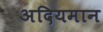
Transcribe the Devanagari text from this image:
अदियमान